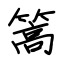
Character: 篙